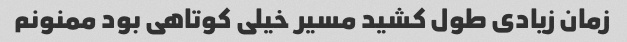
زمان زیادی طول کشید مسیر خیلی کوتاهی بود ممنونم